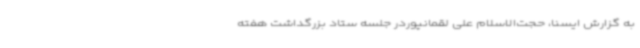
به گزارش ایسنا، حجت‌الاسلام علی لقمانپوردر جلسه ستاد بزرگداشت هفته